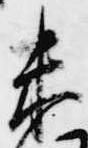
未